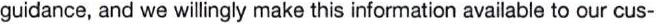
guidance, and we willingly make this information available to our cus-